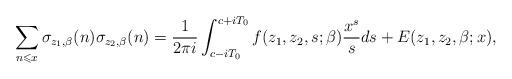
LaTeX: \begin{align*}\sum\limits_{n \leqslant x} {\sigma _{z_1,\beta}(n)\sigma _{z_2,\beta}(n)}=\frac{1}{{2\pi i}}\int_{c - iT_0 }^{c + iT_0 } {f(z_1,z_2,s;\beta )\frac{{{x^s}}}{s}ds} +E(z_1,z_2,\beta;x),\end{align*}